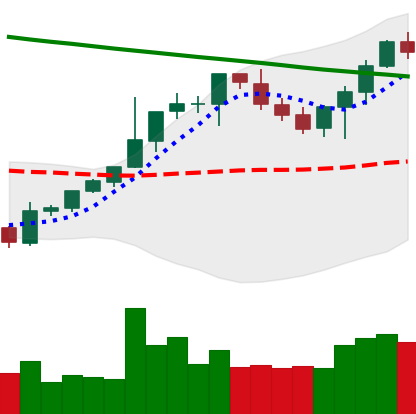
Ticker: BTC-USD
Chart end date: 2021-08-08
Forward return: 9.122%
Label: up_7plus